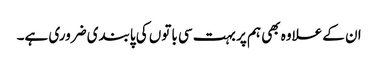
ان کے علاوہ بھی ہم پر بہت سی باتوں کی پابندی ضروری ہے۔